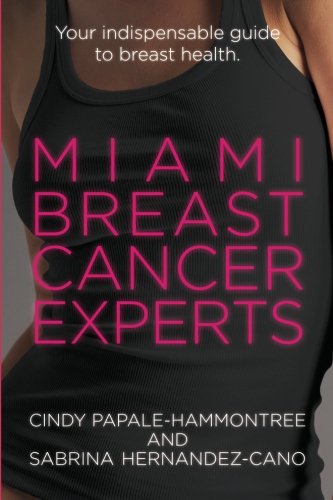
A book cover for Miami Breast Cancer Experts: Your Indispensable Guide to Breast Health; Cindy Papale-Hammontree; Health, Fitness & Dieting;